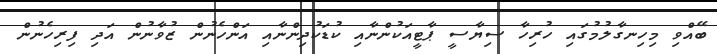
ބޭއްވި މިހިނގާލުމުގައި ހުރިހާ ސިޔާސީ ޕާޓީއަކުންނާއި ކުޑަކުދިންނާއި އަންހެނުން ޒުވާނުން އަދި ފިރިހެނުން